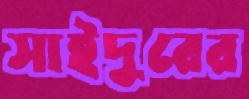
সাইদুরের